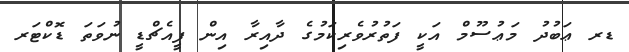
ޑރ ޢަބުދު މަޢުސޫމް އަކީ ފަތުރުވެރިކަމުގެ ދާއިރާ އިން ޕީއެޗްޑީ ނުވަތަ ޑޮކްޓަރ